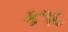
ક૧૮